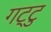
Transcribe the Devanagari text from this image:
गट्टु